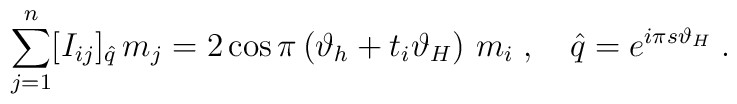
\sum_{j=1}^{n}[I_{ij}]_{\hat{q}}\,m_{j}=2\cos \pi \left( \vartheta_{h}+t_{i}\vartheta _{H}\right) \,m_{i}\;,\quad \hat{q}=e^{i\pi s\vartheta_{H}}\;.